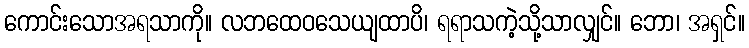
ကောင်းသောအရသာကို။ လဘထေဝသေယျထာပိ၊ ရရာသကဲ့သို့သာလျှင်။ ဘော၊ အရှင်။